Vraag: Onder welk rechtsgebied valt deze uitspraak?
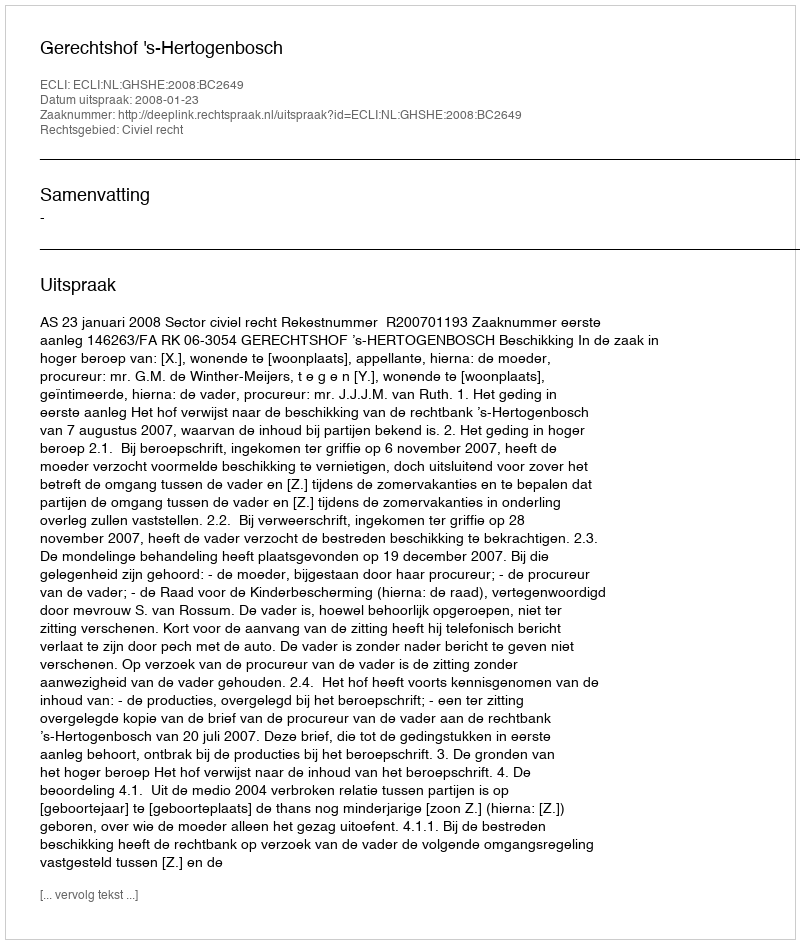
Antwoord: Civiel recht